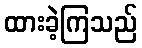
ထားခဲ့ကြသည်